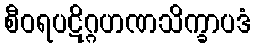
စီဝရပဋိဂ္ဂဟဏသိက္ခာပဒံ